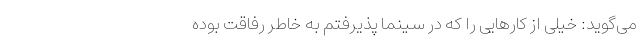
می‌گوید: خیلی از کارهایی را که در سینما پذیرفتم به خاطر رفاقت بوده